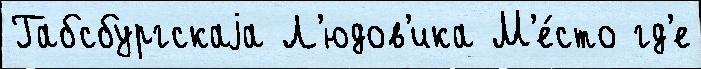
Габсбургскаjа Л'юдов'ика М'е́сто гд'е